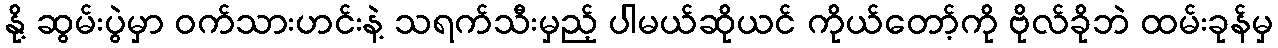
နို့ ဆွမ်းပွဲမှာ ဝက်သားဟင်းနဲ့ သရက်သီးမှည့် ပါမယ်ဆိုယင် ကိုယ်တော့်ကို ဗိုလ်ခိုဘဲ ထမ်းခုန်မှ